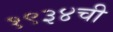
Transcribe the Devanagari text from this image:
१९३४ची